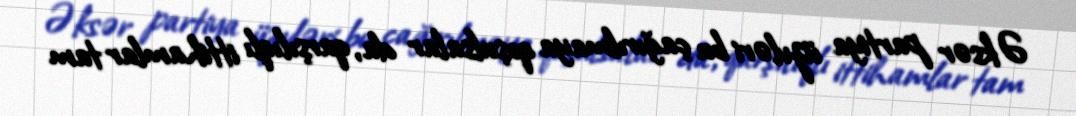
Əksər partiya üzvləri bu çağırılmaya qoşulsalar da, qarşılıqlı ittihamlar tam